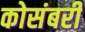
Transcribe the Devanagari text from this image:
कोसंबरी